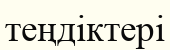
теңдіктері